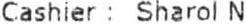
CASHIER : SHAROL N